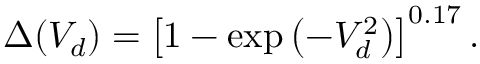
\Delta ( V _ { d } ) = \left[ 1 - \exp \left( - V _ { d } ^ { 2 } \right) \right] ^ { 0 . 1 7 } .